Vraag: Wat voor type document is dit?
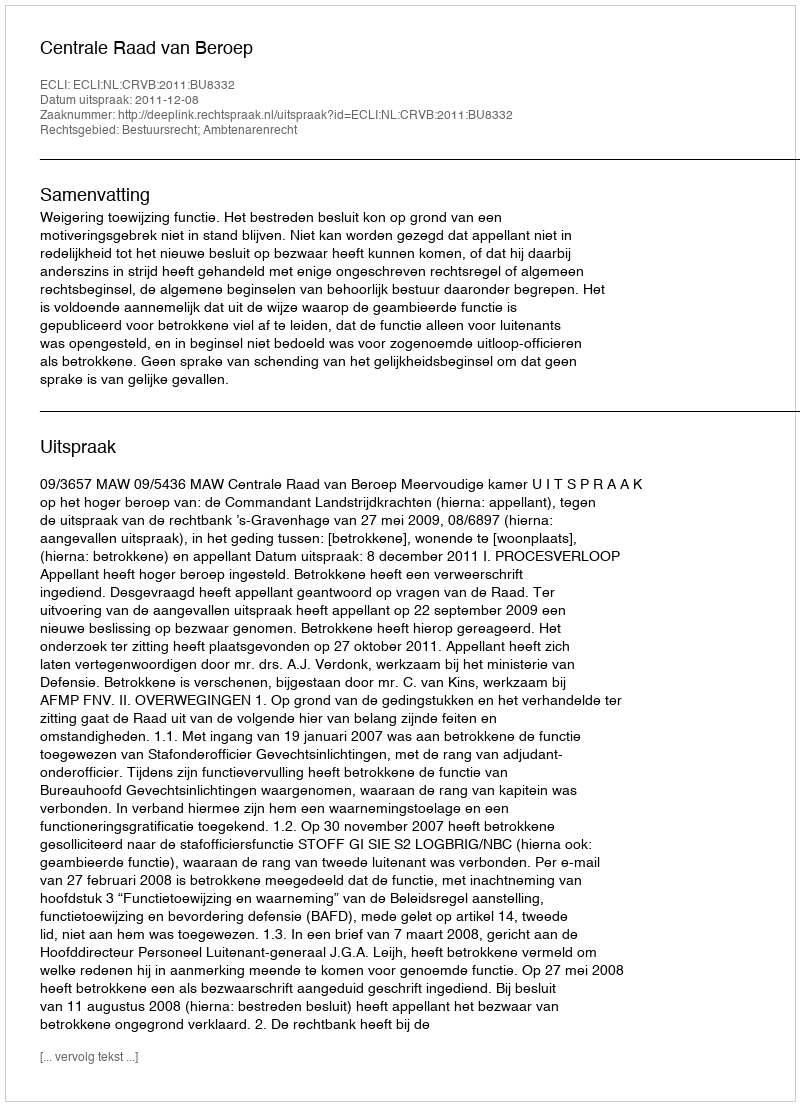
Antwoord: Uitspraak